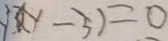
y 3 ( y - 3 ) = 0